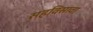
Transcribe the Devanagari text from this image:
सहविसावा